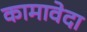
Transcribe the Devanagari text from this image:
कामावेदा